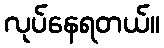
လုပ်နေရတယ်။